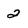
Character: 2